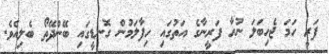
ފަރީ ހަމަ ޖެހިބަލަ ނުހާ ފަރީނާގެ އަތުގައި ހިފާލަމުން ގޮނޑީގައި ބޭންދޭތޯ ބެލިއެވެ.